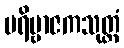
ပရိဗ္ဗာဇကသုတ္တံ